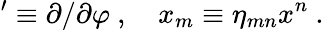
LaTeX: '\equiv\partial/\partial\varphi\ ,\quad x_{m}\equiv\eta_{mn}x^{n}\ .